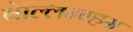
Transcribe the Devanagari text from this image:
बेल्लिन्ग्हम